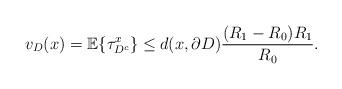
LaTeX: \begin{align*}v_D(x)=\mathbb{E}\{ \tau^x_{D^c}\}\le d(x,\partial D)\frac{(R_1-R_0)R_1}{R_0}.\end{align*}